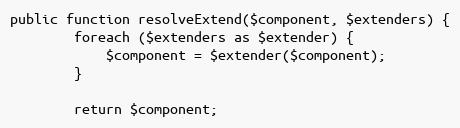
Language: PHP
public function resolveExtend($component, $extenders) {
		foreach ($extenders as $extender) {
			$component = $extender($component);
		}

		return $component;